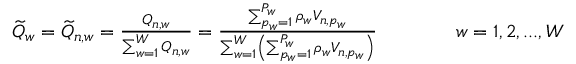
\begin{array} { r } { \widetilde { Q } _ { w } = \widetilde { Q } _ { n , w } = \frac { Q _ { n , w } } { \sum _ { w = 1 } ^ { W } Q _ { n , w } } = \frac { \sum _ { p _ { w } = 1 } ^ { P _ { w } } \rho _ { w } V _ { n , p _ { w } } } { \sum _ { w = 1 } ^ { W } \left( \sum _ { p _ { w } = 1 } ^ { P _ { w } } \rho _ { w } V _ { n , p _ { w } } \right) } \qquad \qquad w = 1 , 2 , . . . , W } \end{array}